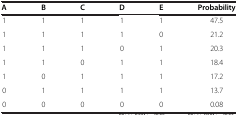
| A | B | C | D | E | Probability |
 | --- | --- | --- | --- | --- | --- |
 | 1 | 1 | 1 | 1 | 1 | 47.5 |
 | 1 | 1 | 1 | 1 | 0 | 21.2 |
 | 1 | 1 | 1 | 0 | 1 | 20.3 |
 | 1 | 1 | 0 | 1 | 1 | 18.4 |
 | 1 | 0 | 1 | 1 | 1 | 17.2 |
 | 0 | 1 | 1 | 1 | 1 | 13.7 |
 | 0 | 0 | 0 | 0 | 0 | 0.08 |